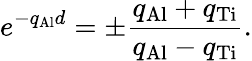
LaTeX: e^{-q_{\mathrm{Al}}d}=\pm\frac{q_{\mathrm{Al}}+q_{\mathrm{Ti}}}{q_{\mathrm{Al}}-q_{\mathrm{Ti}}}.